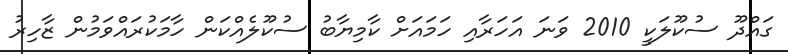
ގައްދޫ ސުކޫލަކީ 2010 ވަނަ އަހަރާއި ހަމައަށް ކާމިޔާބު ސުކޫލެއްކަން ހާމަކުރައްވަމުން ޒާހިރު